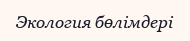
Экология бөлімдері